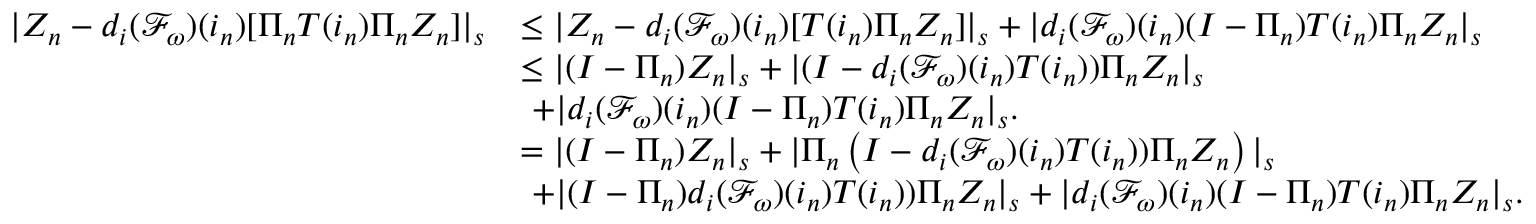
\begin{array} { r l } { | Z _ { n } - d _ { i } ( \mathcal { F } _ { \omega } ) ( i _ { n } ) [ \Pi _ { n } T ( i _ { n } ) \Pi _ { n } Z _ { n } ] | _ { s } } & { \le | Z _ { n } - d _ { i } ( \mathcal { F } _ { \omega } ) ( i _ { n } ) [ T ( i _ { n } ) \Pi _ { n } Z _ { n } ] | _ { s } + | d _ { i } ( \mathcal { F } _ { \omega } ) ( i _ { n } ) ( I - \Pi _ { n } ) T ( i _ { n } ) \Pi _ { n } Z _ { n } | _ { s } } \\ & { \le | ( I - \Pi _ { n } ) Z _ { n } | _ { s } + | ( I - d _ { i } ( \mathcal { F } _ { \omega } ) ( i _ { n } ) T ( i _ { n } ) ) \Pi _ { n } Z _ { n } | _ { s } } \\ & { \ + | d _ { i } ( \mathcal { F } _ { \omega } ) ( i _ { n } ) ( I - \Pi _ { n } ) T ( i _ { n } ) \Pi _ { n } Z _ { n } | _ { s } . } \\ & { = | ( I - \Pi _ { n } ) Z _ { n } | _ { s } + | \Pi _ { n } \left( I - d _ { i } ( \mathcal { F } _ { \omega } ) ( i _ { n } ) T ( i _ { n } ) ) \Pi _ { n } Z _ { n } \right) | _ { s } } \\ & { \ + | ( I - \Pi _ { n } ) d _ { i } ( \mathcal { F } _ { \omega } ) ( i _ { n } ) T ( i _ { n } ) ) \Pi _ { n } Z _ { n } | _ { s } + | d _ { i } ( \mathcal { F } _ { \omega } ) ( i _ { n } ) ( I - \Pi _ { n } ) T ( i _ { n } ) \Pi _ { n } Z _ { n } | _ { s } . } \end{array}